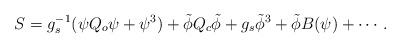
\begin{align*} S=g_s^{-1}(\psi Q_o \psi + \psi^3)+ \tilde{\phi} Q_c \tilde{\phi} + g_s \tilde{\phi}^3+ \tilde{\phi}B(\psi)+\cdots.\end{align*}